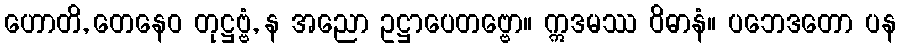
ဟောတိ, တေနေဝ တုဋ္ဌဗ္ဗံ, န အညော ဥဋ္ဌာပေတဗ္ဗော။ ဣဒမဿ ဝိဓာနံ။ ပဘေဒတော ပန